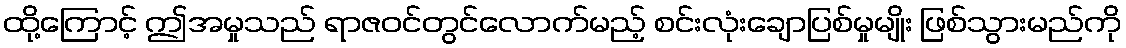
ထို့ကြောင့် ဤအမှုသည် ရာဇဝင်တွင်လောက်မည့် စင်းလုံးချောပြစ်မှုမျိုး ဖြစ်သွားမည်ကို